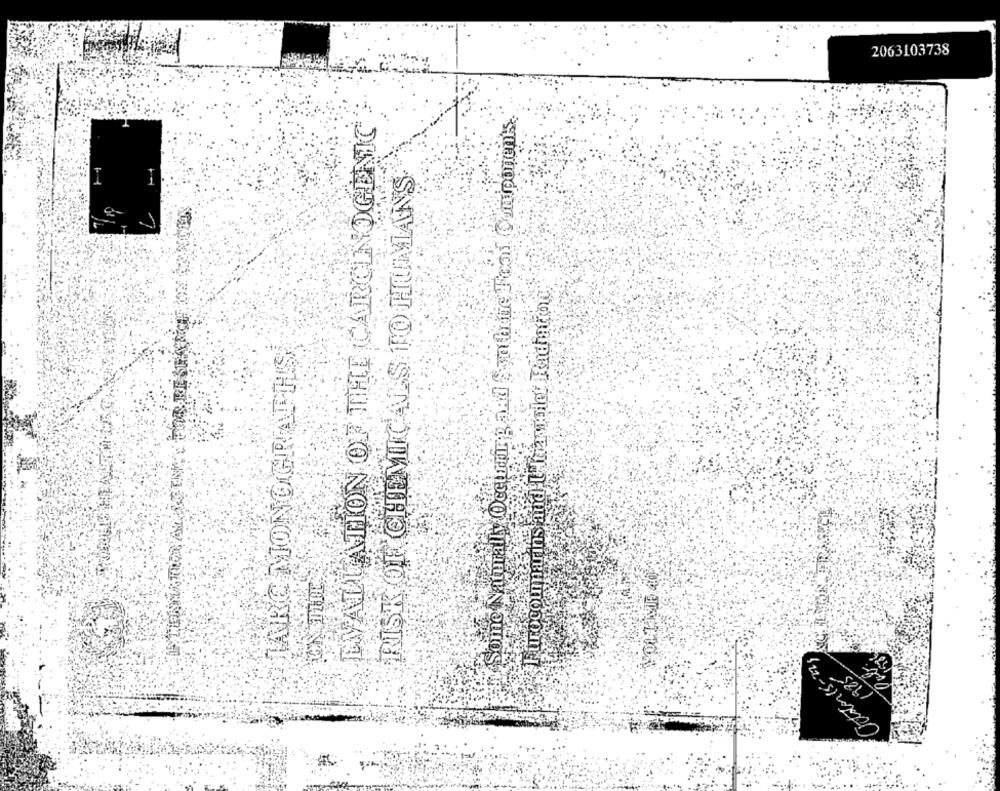
2063103738
EVALUATION OF THE CARCINOGENIC
RISK OF CHEMICALS TO HUMANS
Furocoumarins and LAtianigier Radiation;
IARC MONOGRAPHS
Cotton 15- 2)